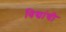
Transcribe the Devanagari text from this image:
विद्यांची